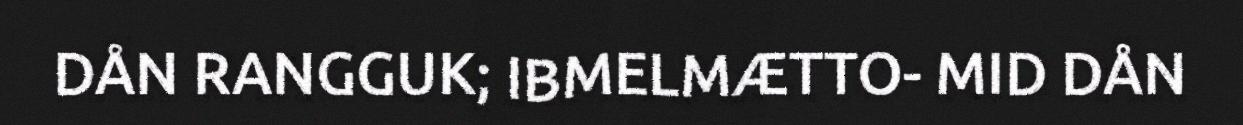
DÅN RANGGUK; IBMELMÆTTO- MID DÅN